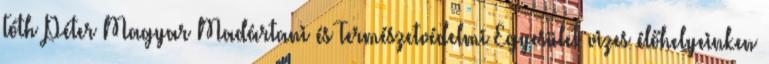
Tóth Péter Magyar Madártani és Természetvédelmi Egyesület vizes élőhelyeinken